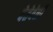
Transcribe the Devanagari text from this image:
देतेवेळी